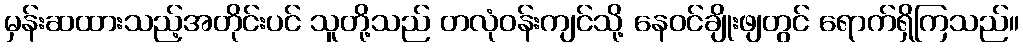
မှန်းဆထားသည့်အတိုင်းပင် သူတို့သည် တလုံဝန်းကျင်သို့ နေဝင်ချိုးဖျတွင် ရောက်ရှိကြသည်။